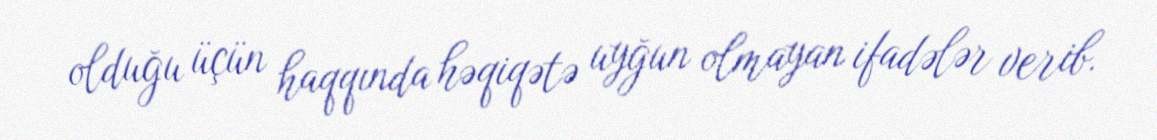
olduğu üçün haqqında həqiqətə uyğun olmayan ifadələr verib.